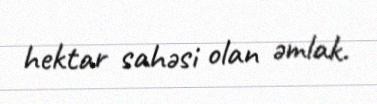
hektar sahəsi olan əmlak.